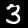
Digit: 3